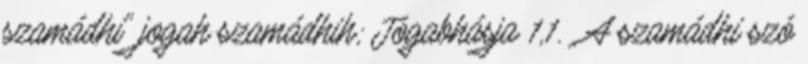
szamádhi" jogah szamádhih; Jógabhásja 1,1. . A szamádhi szó